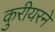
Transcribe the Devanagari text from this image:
कुरीयरने